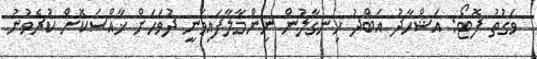
ވަގުތު ފޮޓޯ: އަޝްހާދު އަބްދު ހިނގާލުން ނިންމާލާފައިވަނީ ދުވަހަށް ޚާއްސަކޮށް ކުރެވުނު